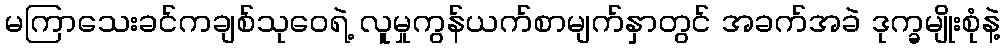
မကြာသေးခင်ကချစ်သုဝေရဲ့ လူမှုကွန်ယက်စာမျက်နှာတွင် အခက်အခဲ ဒုက္ခမျိုးစုံနဲ့